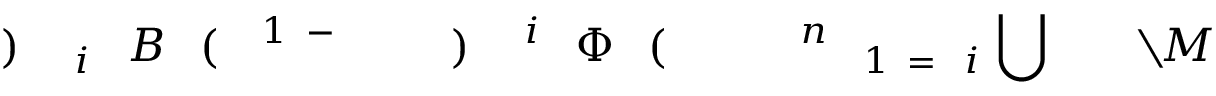
M \! \! \! \! \! \! \! \! \! \! \! \! \setminus \! \! \! \! \! \! \! \! \! \! \! \! \! \! \! \! \! \! \! \! \! \! \! \! \bigcup \! \! \! \! \! \! \! \! \! \! \! \! _ { i \! \! \! \! \! \! \! \! \! \! \! \! = \! \! \! \! \! \! \! \! \! \! \! \! 1 } \! \! \! \! \! \! \! \! \! \! \! \! ^ { n } \! \! \! \! \! \! \! \! \! \! \! \! \! \! \! \! \! \! \! \! \! \! \! \! ( \! \! \! \! \! \! \! \! \! \! \! \! \Phi \! \! \! \! \! \! \! \! \! \! \! \! ^ { i } \! \! \! \! \! \! \! \! \! \! \! \! ) \! \! \! \! \! \! \! \! \! \! \! \! ^ { \! \! \! \! \! \! \! \! \! \! \! \! - \! \! \! \! \! \! \! \! \! \! \! \! 1 } \! \! \! \! \! \! \! \! \! \! \! \! ( \! \! \! \! \! \! \! \! \! \! \! \! B \! \! \! \! \! \! \! \! \! \! \! \! _ { i } \! \! \! \! \! \! \! \! \! \! \! \! ) \! \! \! \! \! \! \! \! \! \! \!